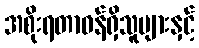
အစိုးရတာဝန်ရှိသူများနှင့်